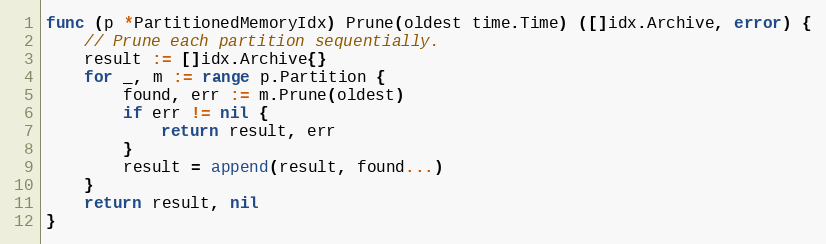
Language: Go
func (p *PartitionedMemoryIdx) Prune(oldest time.Time) ([]idx.Archive, error) {
	// Prune each partition sequentially.
	result := []idx.Archive{}
	for _, m := range p.Partition {
		found, err := m.Prune(oldest)
		if err != nil {
			return result, err
		}
		result = append(result, found...)
	}
	return result, nil
}